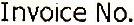
INVOICE NO.